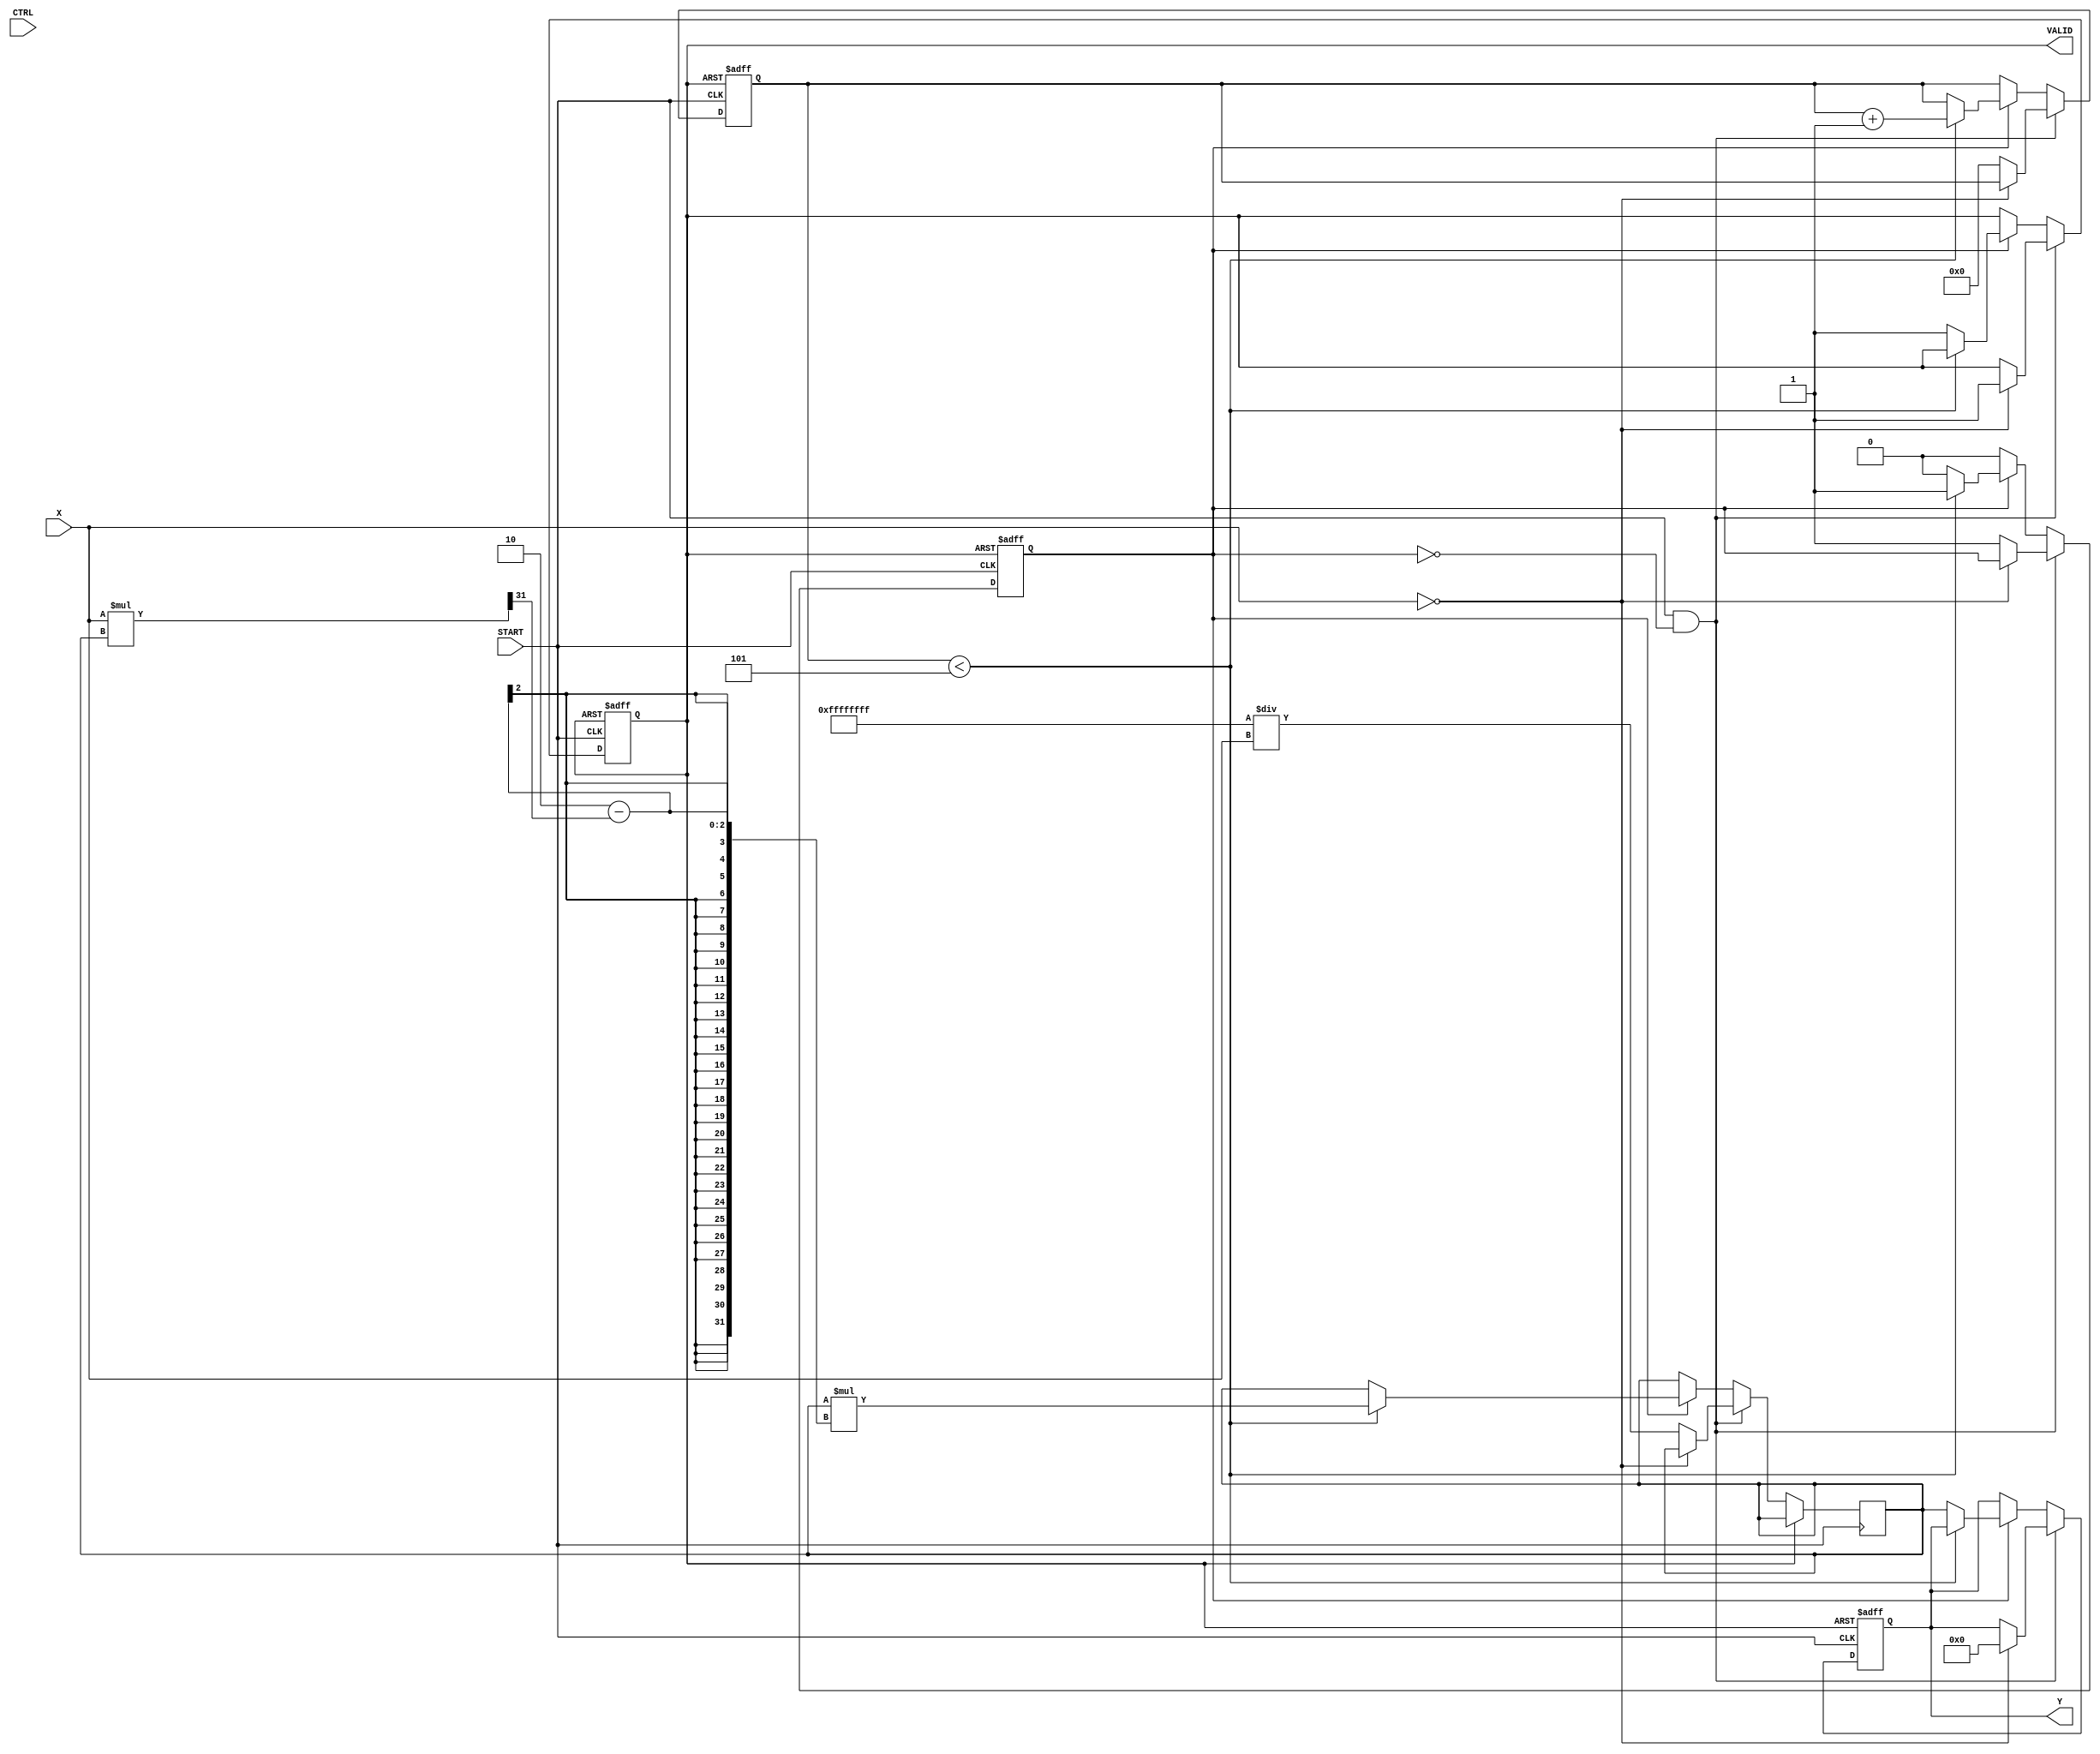
module BitwiseReciprocal (
    input wire [31:0] X,        // Input Data (32-bit fixed-point or integer)
    input wire CTRL,            // Control Signal (0: unsigned, 1: signed)
    input wire START,           // Start signal to initiate computation
    output reg [31:0] Y,        // Output Data (computed reciprocal)
    output reg VALID            // Valid signal indicating output is ready
);

    reg [31:0] approx;          // Approximation of the reciprocal
    reg [31:0] temp;            // Temporary variable for calculations
    reg [5:0] count;            // Iteration counter
    reg busy;                   // Busy flag for operation state

    // State machine for the reciprocal computation
    always @(posedge START or posedge VALID) begin
        if (VALID) begin
            // Reset state
            Y <= 32'b0;
            VALID <= 1'b0;
            busy <= 1'b0;
            count <= 6'b0;
        end else if (START && !busy) begin
            // Start the computation
            if (X == 32'b0) begin
                // Handle division by zero
                Y <= 32'b0; // or some error code
                VALID <= 1'b1;
            end else begin
                // Initialize approximation
                approx <= 32'hFFFFFFFF / X; // Initial approximation
                count <= 6'b0;
                busy <= 1'b1;
            end
        end else if (busy) begin
            // Iterative refinement of the approximation
            if (count < 6'd5) begin // Limit iterations for convergence
                temp = approx * (2 - (X * approx >> 31)); // Newton-Raphson step
                approx <= temp;
                count <= count + 1;
            end else begin
                // Final output assignment
                Y <= approx;
                VALID <= 1'b1;
                busy <= 1'b0;
            end
        end
    end

endmodule